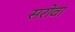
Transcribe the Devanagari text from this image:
सरोवा